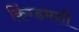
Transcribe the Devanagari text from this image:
किंग्डमशी